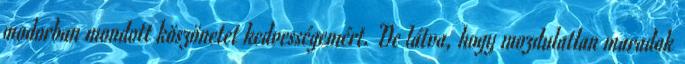
modorban mondott köszönetet kedvességemért. De látva, hogy mozdulatlan maradok